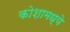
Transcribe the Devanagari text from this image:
कोशामध्ये